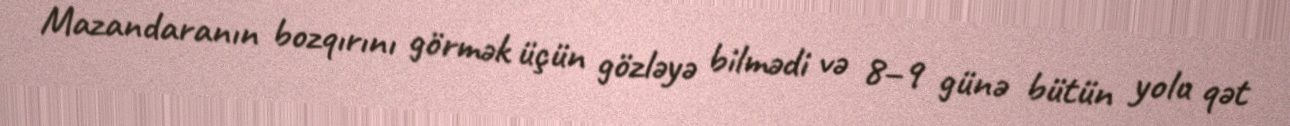
Mazandaranın bozqırını görmək üçün gözləyə bilmədi və 8–9 günə bütün yolu qət